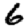
Digit: 6